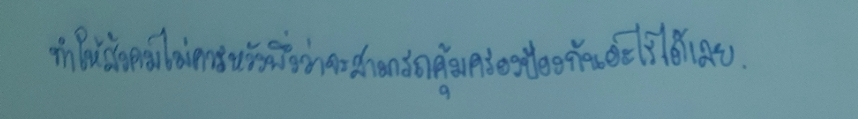
ทำให้สังคมไม่ควรหวังพึ่งว่าจะสามารถคุ้มครองป้องกันอะไรได้เลย